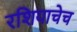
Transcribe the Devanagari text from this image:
रशियाचेच